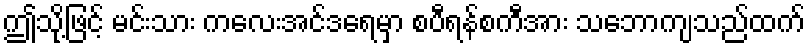
ဤသို့ဖြင့် မင်းသား ကလေးအင်ဒရေမှာ စပီရန်စကီအား သဘောကျသည်ထက်